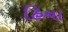
હિના